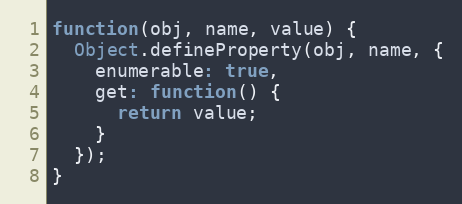
Language: JavaScript
function(obj, name, value) {
  Object.defineProperty(obj, name, {
    enumerable: true,
    get: function() {
      return value;
    }
  });
}